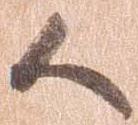
候